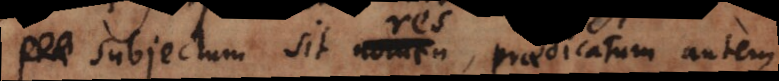
subjectum sit nomen, praedicatum autem